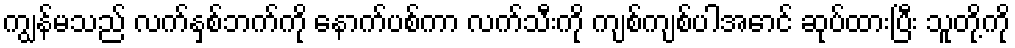
ကျွန်မသည် လက်နှစ်ဘက်ကို နောက်ပစ်ကာ လက်သီးကို ကျစ်ကျစ်ပါအောင် ဆုပ်ထားပြီး သူတို့ကို